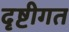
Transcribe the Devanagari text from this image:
दृष्टीगत